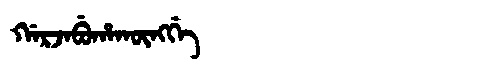
Manchu: ᡤᠠᡵᠵᠠᠪᡠᡥᠠᡴᡡᠩᡤᡝ
Romanization: GARJABUHAKŪNGGE